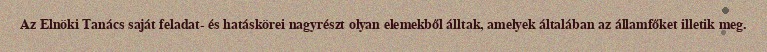
Az Elnöki Tanács saját feladat- és hatáskörei nagyrészt olyan elemekből álltak, amelyek általában az államfőket illetik meg.